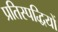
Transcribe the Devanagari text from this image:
प्रतिस्पद्धियों